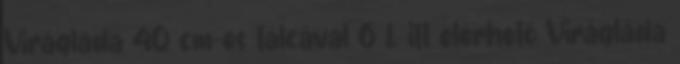
Virágláda 40 cm-es tálcával 6 L itt elérhető Virágláda